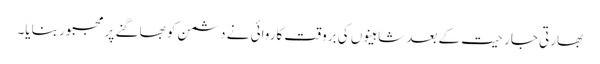
بھارتی جارحیت کے بعد شاہینوں کی بروقت کاروائی نے دشمن کو بھاگنے پر مجبور بنایا۔